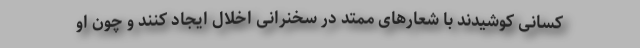
کسانی کوشیدند با شعارهای ممتد در سخنرانی اخلال ایجاد کنند و چون او